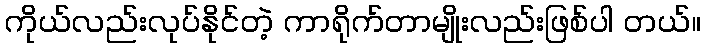
ကိုယ်လည်းလုပ်နိုင်တဲ့ ကာရိုက်တာမျိုးလည်းဖြစ်ပါ တယ်။